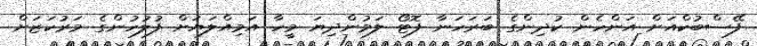
ފޭސްބުކްއަށް އަންހެން ކުދިންގެ ބަރަހަނާ ފޮޓޯ ލަމުންދިޔަ މީހާ އަމިއްލަޔަށް ފުލުހުންގެ މަރުކަޒަށް